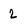
Character: 2